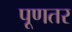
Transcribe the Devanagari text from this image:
पूणतर